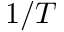
1 / T